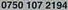
0750 107 2194